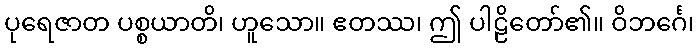
ပုရေဇာတ ပစ္စယာတိ၊ ဟူသော။ ဧတဿ၊ ဤ ပါဠိတော်၏။ ဝိဘင်္ဂေ၊